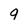
Character: 9